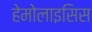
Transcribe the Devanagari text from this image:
हेमोलाइसिस